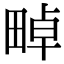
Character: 𤲤